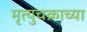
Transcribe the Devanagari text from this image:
मृत्युचक्राच्या